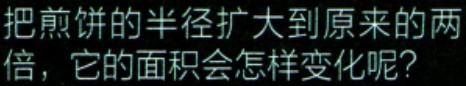
把煎饼的半径扩大到原来的两倍，它的面积会怎样变化呢？